[Report on the health of British troops in the Madras command]
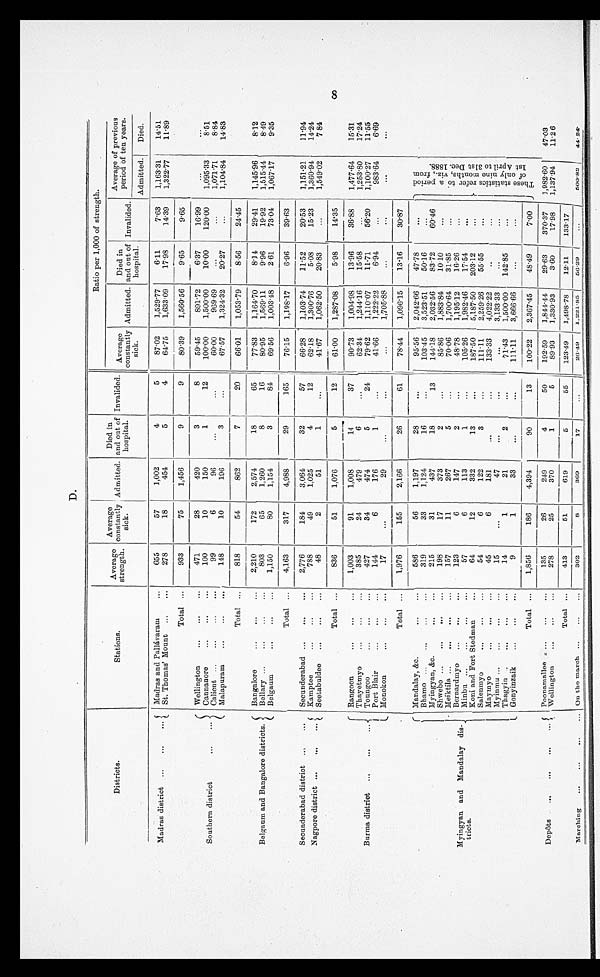
D.
Districts.
Stations.
Average
strength.
Average
constantly sick.
Admitted.
Died in
and out of
hospital.
Invalided.
Ratio per 1,000 of strength.
Average
constantly
sick.
Admitted.
Died in
and out of
hospital.
Invalided.
Average of previous
period of ten years.
A d m i t t e d . Died.
Madras district
Madras and Pallávaram
655
57
1,002
4
5
87.02
1,529.77
6.11
7.63
1,163.31
14.51
St. Thomas' Mount
278
18
454
5
4
64.75
1,633.09
17.98
14.39
1,322.77
11.89
Total
933
75
1,456
9
9
80.39
1,560.56
9.65
9.65
S o u t h e r n d i s t r i c t
Wellington
471
28
420
3
8
59.45
891.72
6.37
16.99
. . .
. . .
Cannanore
100
10
150
1
12
100.00
1,500.00
10.00
120.00
1,095.33
8.51
Calicut
99
6
96
...
. . . 60.00
969.69
...
...
1,071.71
8.84
Malapuram
148
10
196
3
...
67.57
1,324.32
20.27
...
1,104.84
14.83
Total
818
54
862
7
20
66.01
1,053.79
8.56
24.45
Belgaum and Bangalore districts.
Bangalore
2,210
172
2,574
18
65 77.83
1,164.70
8.14
29.41
1,145.96
8.12
Bellary
803
65
1,260
8
16
80.95
1,569.11
9.96
19.92
1,515.44
8.49
Belgaum
1,150
80
1,154
3
84
69.56
1,003.48
2.61
73.04
1,067.17
9.35
Total
4,163
317
4,988
29
165
76.15
1,198.17
6.96
39.63
Secunderabad district
Secunderabad
2,776
184
3,064
32
57
66.28
1,103.74
11.52
20.53
1,151.21
11.94
Nagpore district
Kamptee
788
49
1,025
4
12
62.18
1,300.76
5.08
15.23
1,360.94
14.24
Seetabuldee
48
2
51
1
...
41.67
1,062.50
20.83
...
1,549.02
7.84
Total
836
51
1,076
5
12
61.00
1,287.08
5.98
14.35
Burma district
Rangoon
1,003
91
1,008
14
37 90.73
1,004.98
13.96
36.88
1,477.64
15.31
Thayetmyo
385
24
479
6
...
62.34
1,244.16
15.58
...
1,253.80
17.24
Toungoo
427
34
474
5
24
79.62
1,110.07
11.71
56.20
1,100.27
11.55
Port Blair
144
6
176
1
...
41.66
1,222.22
6.94
. . .
983.64
6.69
Monokon
17
...
29
...
...
...
1,705.88
...
. . .
...
...
Total
1,976
155
2,166
26
61
78.44
1,096.15
13.16
30.87
Myingyan and Mandalay dis-
tricts
Mandalay, &c.
586
56
1,197
28
...
95.56
2,042.66
47.78
...
T h e s e s t a t i s t i c s r e f e r t o a p e r i o d o f o n l y n i n e m o n t h s , v i z . , f r o m 1 s t A p r i l t o 3 1 s t D e c 1 8 8 8 .
Bhamo
319
33
1,124
16
...
103.45
3,523.51
50.16
. . .
Myingyan, &c.
215
31
437
18
13
144.18
2,032.56
83.72
60.46
Shwebo
198
17
373
2
...
85.86
1,883.84
10.10
...
Meiktila
157
11
267
5
70.06
1,700.64
31.85
..
Bernardmyo
123
6
147
2
...
48.78
1195.12
16.26
Minbu
57
6
113
1
...
105.26
1,982.46
17.54
. . .
Koni and Fort Stedman
64
12
332
13
. . .
187.50
5,187.50
203.12
Salenmyo
54
6
122
3
...
111.11
2,259.26
55.55
. . .
Maymyo
45
6
181
. . . ...
133.33
4,022.22
. . .
...
Myinmu
15
...
47
. . .
...
...
3,133.33
...
...
Thagyin
14
1
21
2
...
71.43
1,500.00
142.85
...
Gonyinzaik
9
1
33
. . .
...
111.11
3,666.66
...
. . .
Total
1,856
186
4,394
90
13
100.22
2,367.45
48.49
7.00
Depôts
Poonamallee
135
26
249
4
50
192.59
1,844.44
29.63
370.37
1,982.60
47.03
Wellington
278
25
370
1
5
89.93
1,330.93
3.60
17.98
1,137.94
11.26
Total
413
51
619
5
55
123.49
1,498.78
12.11
133.17
Marching
On the march
302
8
369
17
. . .
26.49
1,221.85
56.29
...
500.82
44.24